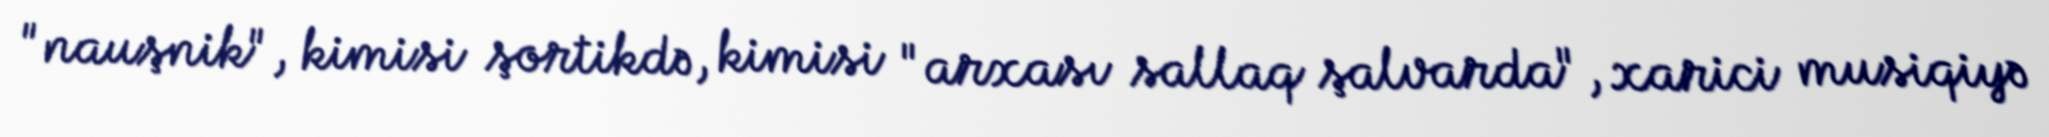
"nauşnik", kimisi şortikdə, kimisi "arxası sallaq şalvarda", xarici musiqiyə